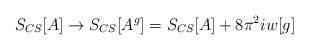
LaTeX: \begin{align*}S_{CS}[A] \to S_{CS}[A^g] = S_{CS}[A] + 8\pi^2 i w[g]\end{align*}